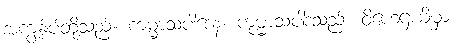
အကျွန်ုပ်တို့သည်။ ကမ္မာသပါဒေန၊ ကုမ္မာသပါဒသည်။ ဝိဟေဌယိမှာ၊